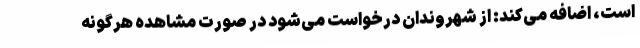
است، اضافه می‌کند: از شهروندان درخواست می‌شود در صورت مشاهده هرگونه